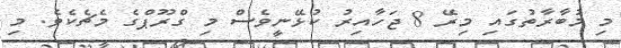
މި މުބާރާތުގައި މިރޭ 8 ޖަހާއިރު ކުޅޭނީވެސް މި ގްރޫޕްގެ މެޗެކެވެ. މި